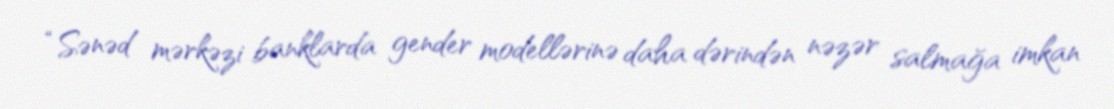
“Sənəd mərkəzi banklarda gender modellərinə daha dərindən nəzər salmağa imkan